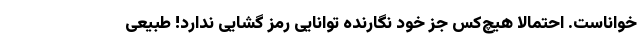
خواناست. احتمالا هیچ‌کس جز خود نگارنده توانایی رمز گشایی ندارد! طبیعی